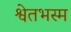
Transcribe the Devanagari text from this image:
श्वेतभस्म